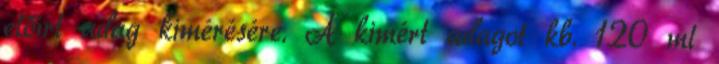
előírt adag kimérésére. A kimért adagot kb. 120 ml